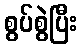
စွပ်စွဲပြီး